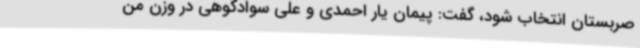
صربستان انتخاب شود، گفت: پیمان یار احمدی و علی سوادکوهی در وزن من